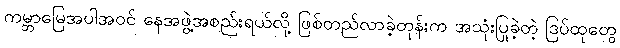
ကမ္ဘာမြေအပါအဝင် နေအဖွဲ့အစည်းရယ်လို့ ဖြစ်တည်လာခဲ့တုန်းက အသုံးပြုခဲ့တဲ့ ဒြပ်ထုတွေ